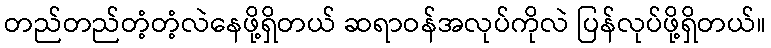
တည်တည်တံ့တံ့လဲနေဖို့ရှိတယ် ဆရာဝန်အလုပ်ကိုလဲ ပြန်လုပ်ဖို့ရှိတယ်။